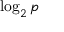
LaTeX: \log _ { 2 } p